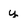
Character: y